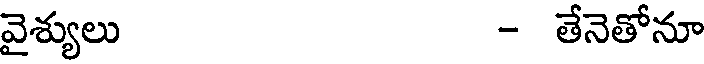
వైశ్యులు - తేనెతోనూ